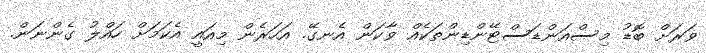
ވަރަށް ބޮޑު މިސްއަންޑަސްޓޭންޑިންތަކެއް ވާކަން އެނގޭ. އަހަރެން މިއައީ އެކަމަށް ހައްލު ގެންނަން.